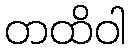
တထိဝါ